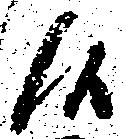
候